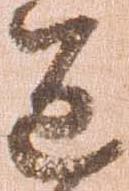
達